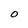
Character: O